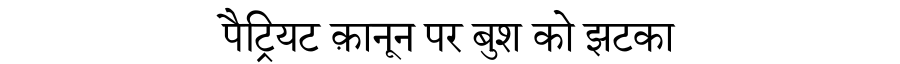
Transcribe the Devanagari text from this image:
पैट्रियट क़ानून पर बुश को झटका